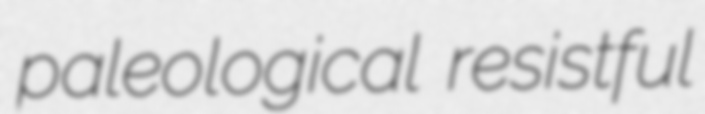
paleological resistful